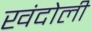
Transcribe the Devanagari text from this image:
खंदोली